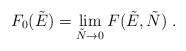
\begin{align*}F_0(\tilde{E}) = \lim\limits_{\tilde{N}\to 0} F(\tilde{E},\tilde{N})\;.\end{align*}